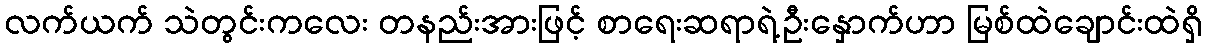
လက်ယက် သဲတွင်းကလေး တနည်းအားဖြင့် စာရေးဆရာရဲ့ဦးနှောက်ဟာ မြစ်ထဲချောင်းထဲရှိ